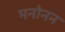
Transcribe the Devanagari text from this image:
मनोनन